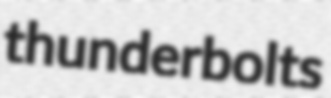
thunderbolts